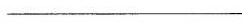
___